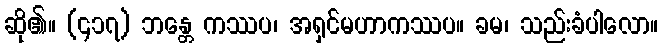
ဆို၏။ (၄၁၇) ဘန္တေ ကဿပ၊ အရှင်မဟာကဿပ။ ခမ၊ သည်းခံပါလော။